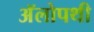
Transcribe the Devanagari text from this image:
अॅलोपथी